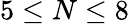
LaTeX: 5\leq N\leq 8